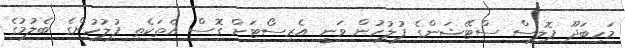
މަހިބަދޫ ޕޮލިސް ސްޓޭޝަންގެ ފުލުހުން ވަނީ އެރިސޯޓަށް ގޮސް އެތަކެތި ފުލުހުންގެ ބެލުމުގެ